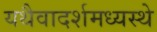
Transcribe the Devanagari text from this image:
यथैवादर्शमध्यस्थे